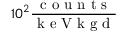
1 0 ^ { 2 } \frac { \mathrm { ~ c ~ o ~ u ~ n ~ t ~ s ~ } } { \mathrm { ~ k ~ e ~ V ~ k ~ g ~ d ~ } }